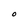
Character: 0